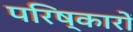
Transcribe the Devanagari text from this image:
परिष्कारों